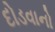
દોડવાનો